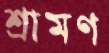
শ্রামণ